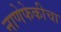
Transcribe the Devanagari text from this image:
नाणेफेकीचा